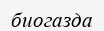
биогазда